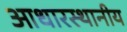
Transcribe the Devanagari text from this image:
आधारस्थानीय